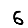
Digit: 6